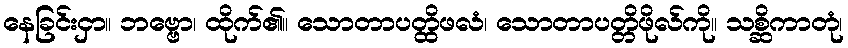
နေခြင်းငှာ။ ဘဗ္ဗော၊ ထိုက်၏။ သောတာပတ္ထိဖလံ၊ သောတာပတ္တိဖိုလ်ကို။ သစ္ဆိကာတုံ၊